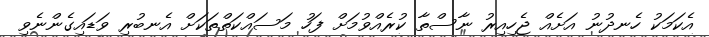
އެކަމަކު ހެނދުނު އަށެއް ޖެހިއިރު ނާސްތާ ކުރެއްވުމަށް ފަހު މަސައްކަތްތަކަށް އެނބުރި ވަޑައިގެންނެވި